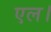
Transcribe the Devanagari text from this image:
एल।